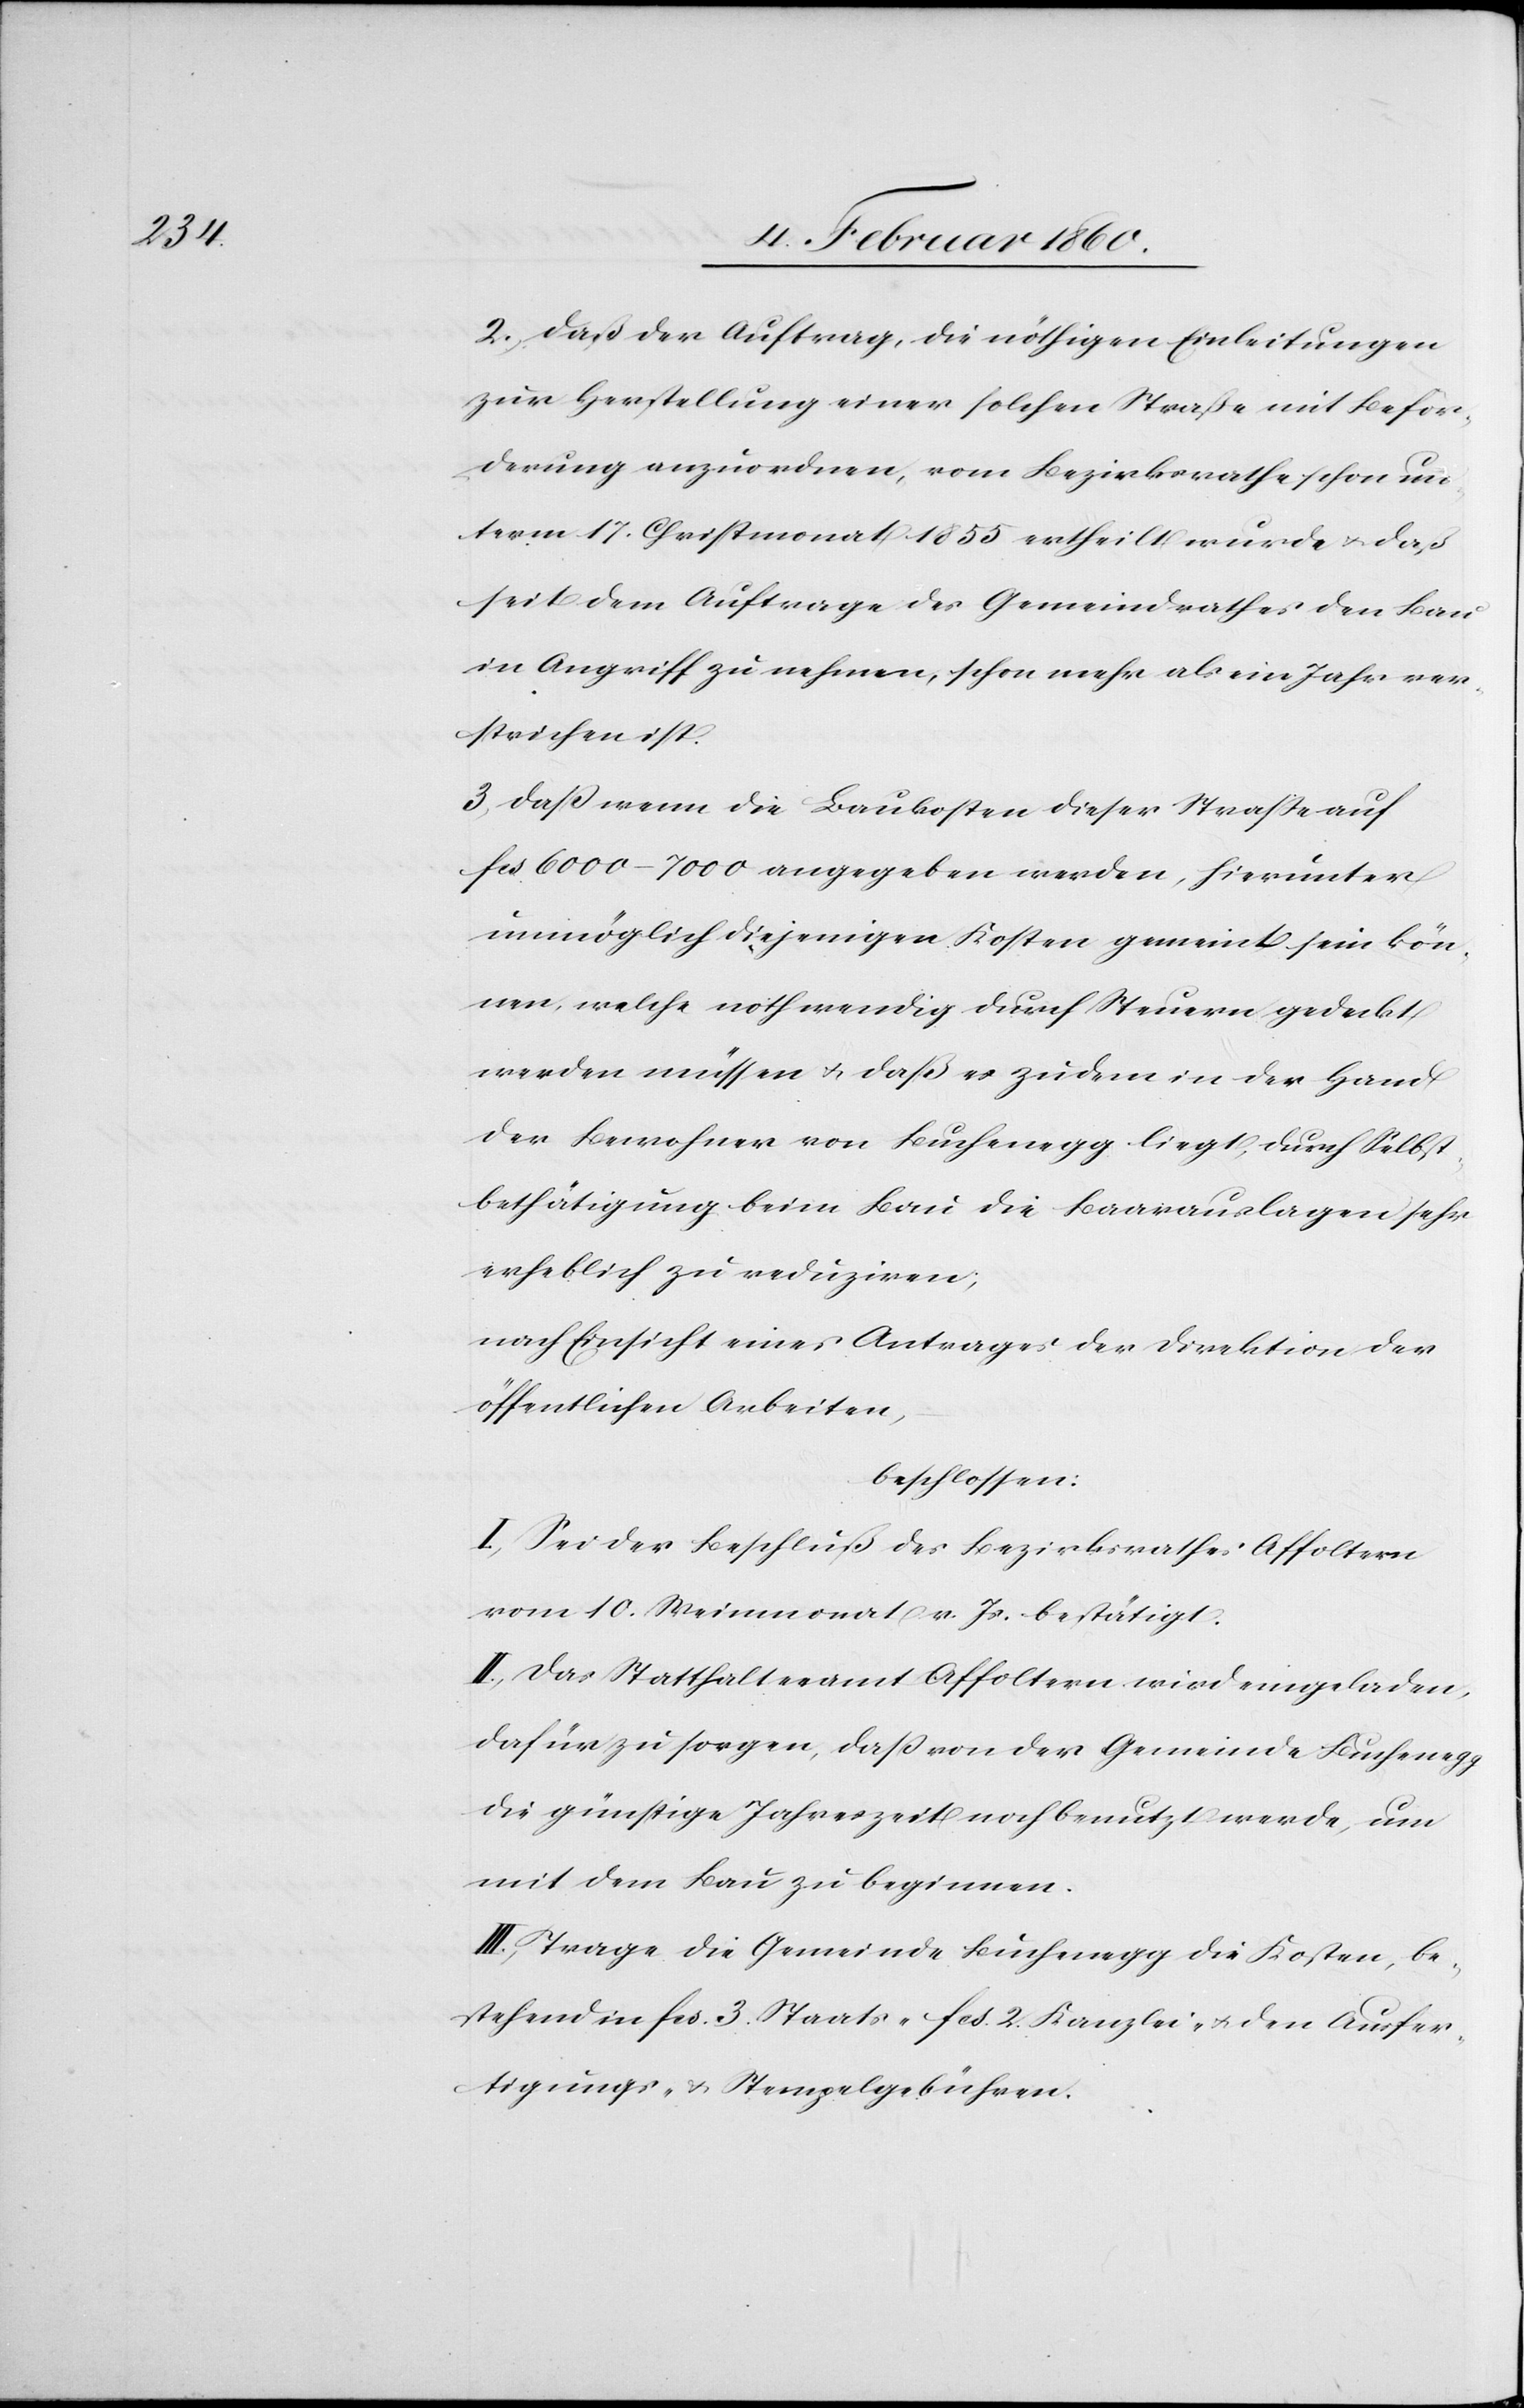
2. Daß der Auftrag, die nöthigen Einleitungen
zur Herstellung einer solchen Straße mit Beför¬
derung anzuordnen, vom Bezirksrathe schon un¬
term 17. Christmonat 1855 ertheilt wurde u. daß
seit dem Auftrage des Gemeindrathes den Bau
in Angriff zu nehmen, schon mehr als ein Jahr ver¬
strichen ist.
3. Dass wenn die Baukosten dieser Strasse auf
fcs. 6000-7000 angegeben werden, hierunter
unmöglich diejenigen Kosten gemeint sein kön¬
nen, welche nothwendig durch Steuern gedeckt
werden müssen u. daß es zudem in der Hand
der Bewohner von Buchenegg liegt, durch Selbst¬
bestätigung beim Bau die Baarauslagen sehr
erheblich zu reduziren,
nach Einsicht eines Antrages der Direktion der
öffentlichen Arbeiten,
beschlossen:
I. Sei der Beschluß des Bezirksrathes Affoltern
vom 10. Weinmonat v. Js. bestätigt.
II. Das Statthalteramt Affoltern wird eingeladen,
dafür zu sorgen, dass von der Gemeinde Buchenegg
die günstige Jahreszeit noch benutzt werde, um
mit dem Bau zu beginnen.
III. Trage die Gemeinde Buchenegg die Kosten, be¬
stehend in 3. fcs. Staats- fcs. 2. Kanzlei- u. den Ausfer¬
tigungs- u. Stempelgebühren.